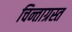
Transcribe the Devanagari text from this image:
चिन्ताग्रस्त